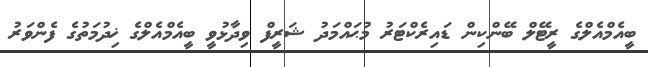
ބީއެމްއެލްގެ ރީޓޭލް ބޭންކިން ޑައިރެކްޓަރު މުޙައްމަދު ޝަރީފް ވިދާޅުވީ ބީއެމްއެލްގެ ޚިދުމަތުގެ ފެންވަރު